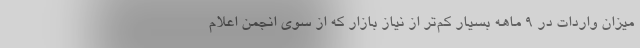
میزان واردات در ۹ ماهه بسیار کم‌تر از نیاز بازار که از سوی انجمن اعلام